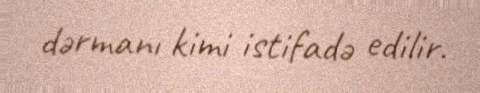
dərmanı kimi istifadə edilir.